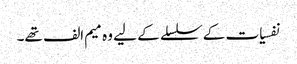
نفسیات کے سلسلے کے لیے وہ میم الف تھے۔